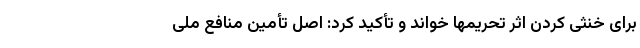
برای خنثی کردن اثر تحریمها خواند و تأکید کرد: اصل تأمین منافع ملی